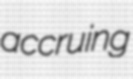
accruing